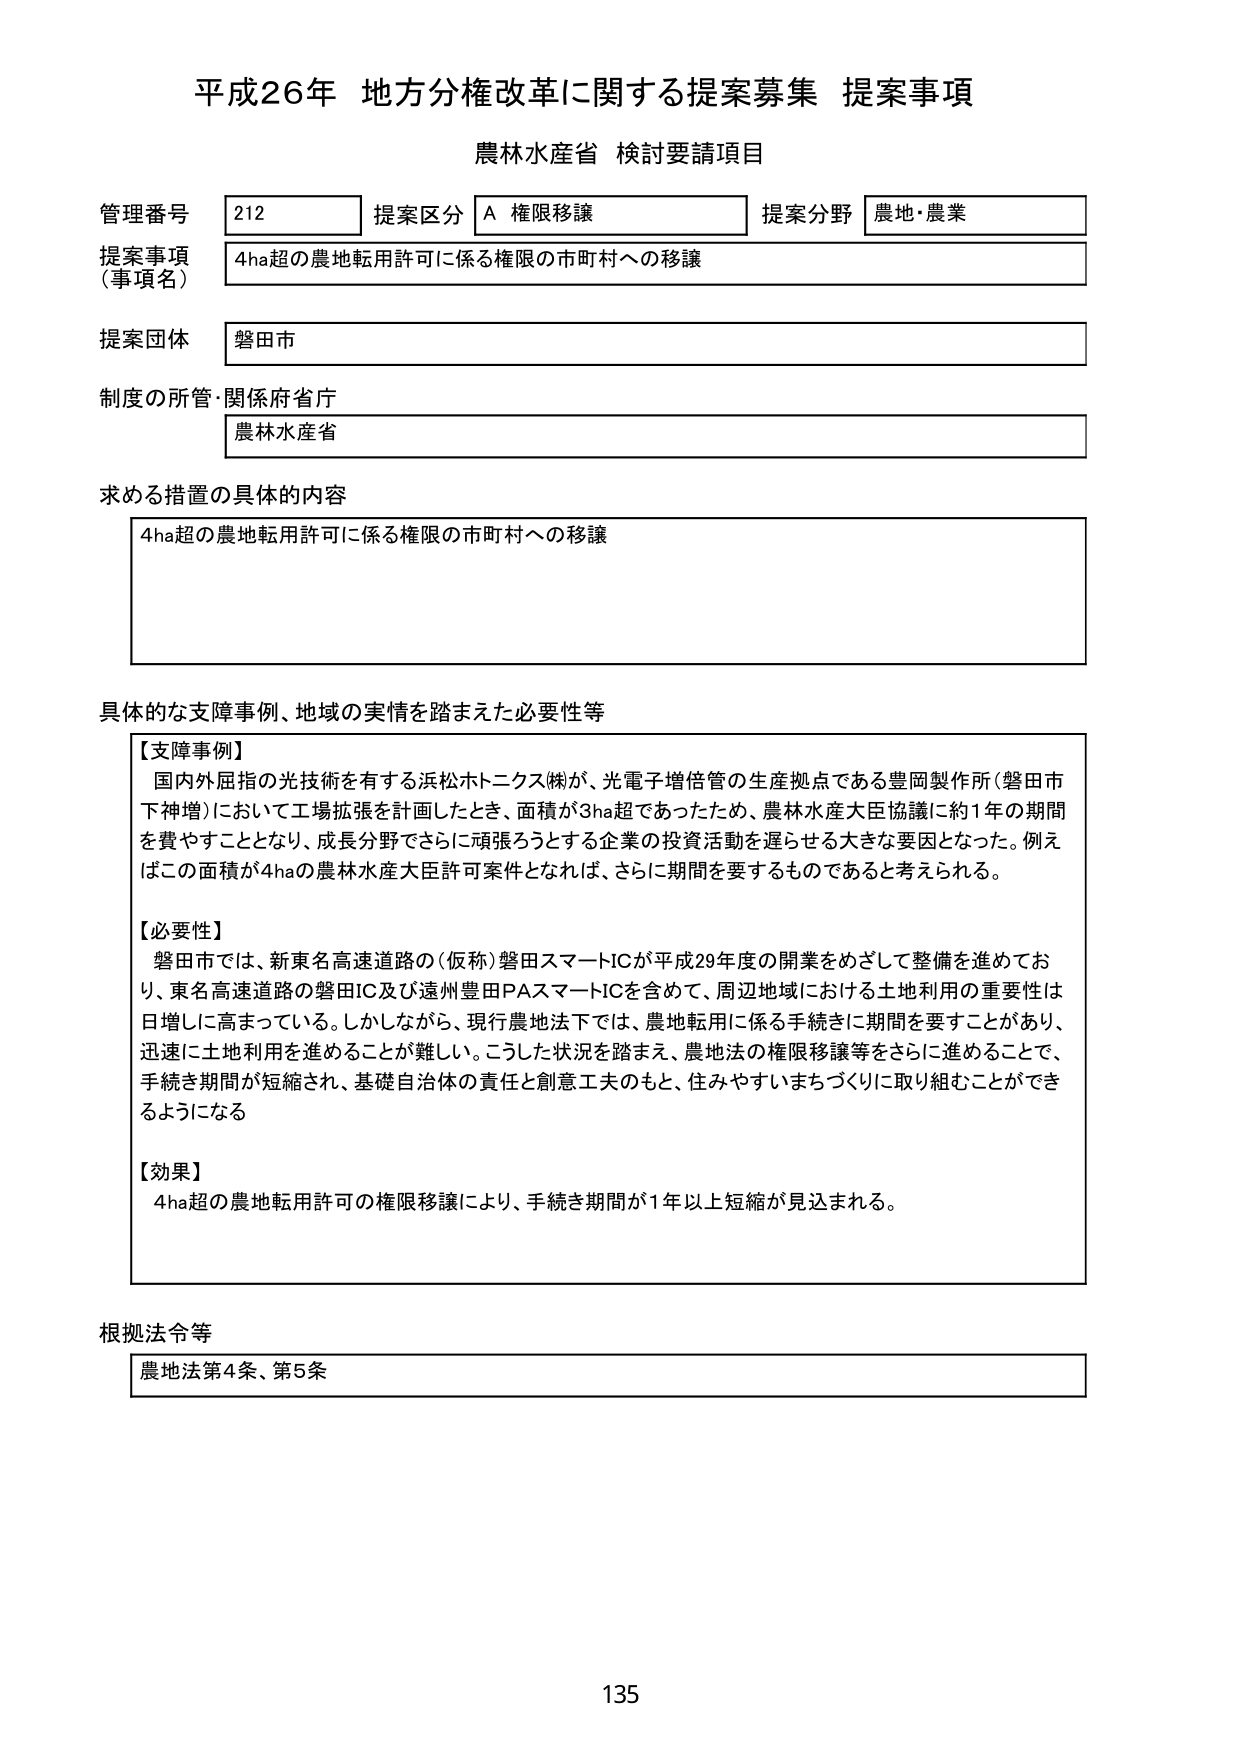
平成26年 地方分権改革に関する提案募集 提案事項
農林水産省 検討要請項目

管理番号 212 提案区分 A 権限移譲 提案分野 農地・農業
提案事項（事項名） 4ha超の農地転用許可に係る権限の市町村への移譲
提案団体 磐田市
制度の所管・関係府省庁 農林水産省

求める措置の具体的内容
4ha超の農地転用許可に係る権限の市町村への移譲

具体的な支障事例、地域の実情を踏まえた必要性等
【支障事例】
国内外屈指の光技術を有する浜松ホトニクス㈱が、光電子増倍管の生産拠点である豊岡製作所（磐田市下神増）において工場拡張を計画したとき、面積が3ha超であったため、農林水産大臣協議に約1年の期間を費やすこととなり、成長分野でさらに頑張ろうとする企業の投資活動を遅らせる大きな要因となった。例えばこの面積が4haの農林水産大臣許可案件となれば、さらに期間を要するものであると考えられる。

【必要性】
磐田市では、新東名高速道路の（仮称）磐田スマートICが平成29年度の開業をめざして整備を進めており、東名高速道路の磐田IC及び遠州豊田PAスマートICを含めて、周辺地域における土地利用の重要性は日増しに高まっている。しかしながら、現行農地法下では、農地転用に係る手続きに期間を要することがあり、迅速に土地利用を進めることが難しい。こうした状況を踏まえ、農地法の権限移譲等をさらに進めることで、手続き期間が短縮され、基礎自治体の責任と創意工夫のもと、住みやすいまちづくりに取り組むことができるようになる

【効果】
4ha超の農地転用許可の権限移譲により、手続き期間が1年以上短縮が見込まれる。

根拠法令等
農地法第4条、第5条

135